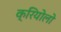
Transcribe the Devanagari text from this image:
क्रियोलो